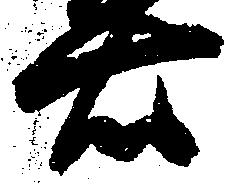
右